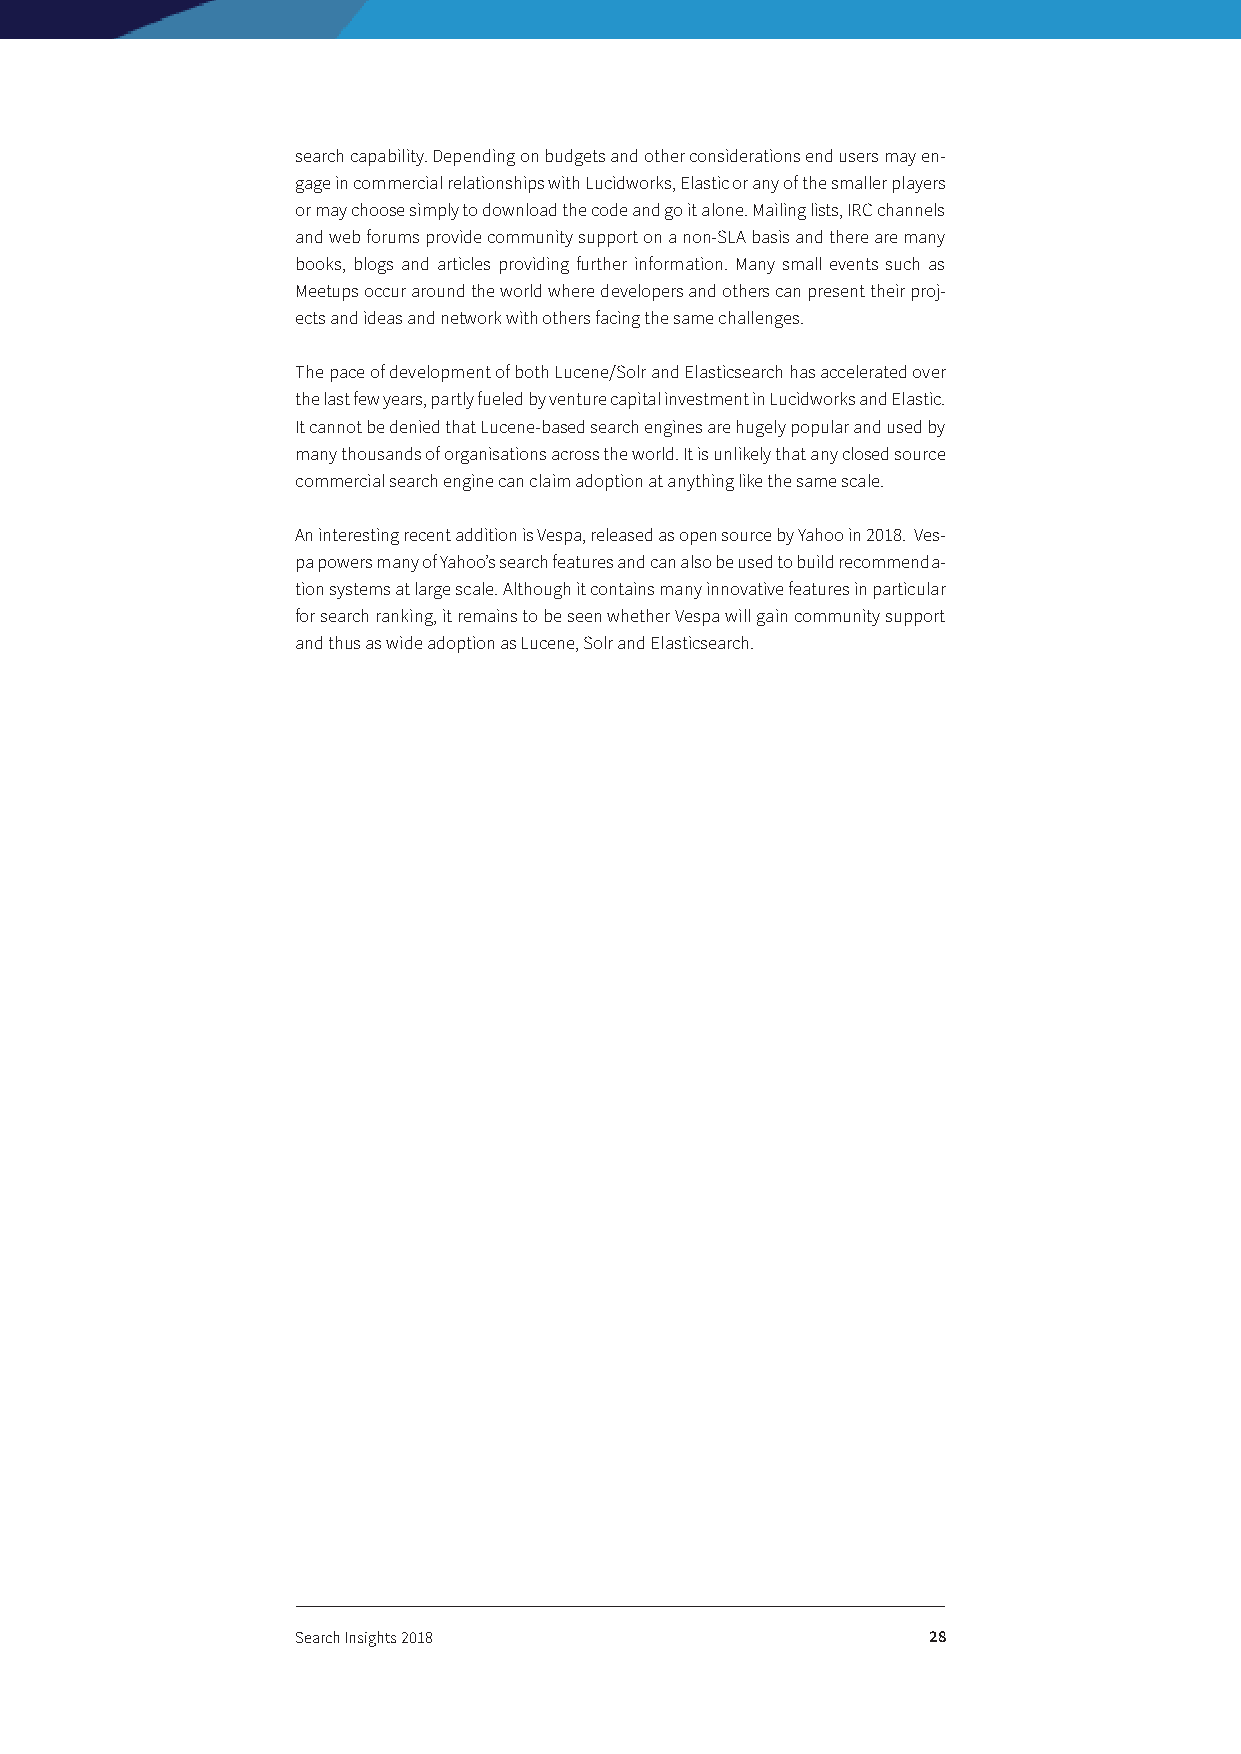
search capability. Depending on budgets and other considerations end users may en-
 gage in commercial relationships with Lucidworks, Elastic or any of the smaller players
 or may choose simply to download the code and go it alone. Mailing lists, IRC channels
 and web forums provide community support on a non-SLA basis and there are many
 books, blogs and articles providing further information. Many small events such as
 Meetups occur around the world where developers and others can present their proj-
 ects and ideas and network with others facing the same challenges.
 The pace of development of both Lucene/Solr and Elasticsearch has accelerated over
 the last few years, partly fueled by venture capital investment in Lucidworks and Elastic.
 It cannot be denied that Lucene-based search engines are hugely popular and used by
 many thousands of organisations across the world. It is unlikely that any closed source
 commercial search engine can claim adoption at anything like the same scale.
 An interesting recent addition is Vespa, released as open source by Yahoo in 2018. Ves-
 pa powers many of Yahoo’s search features and can also be used to build recommenda-
 tion systems at large scale. Although it contains many innovative features in particular
 for search ranking, it remains to be seen whether Vespa will gain community support
 and thus as wide adoption as Lucene, Solr and Elasticsearch.
 Search Insights 2018                     28